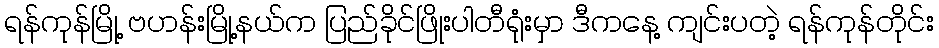
ရန်ကုန်မြို့ ဗဟန်းမြို့နယ်က ပြည်ခိုင်ဖြိုးပါတီရုံးမှာ ဒီကနေ့ ကျင်းပတဲ့ ရန်ကုန်တိုင်း